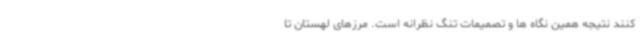
کنند نتیجه همین نگاه ها و تصمیمات تنگ نظرانه است. مرزهای لهستان تا